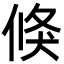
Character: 倏